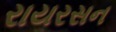
રાયરસન